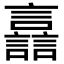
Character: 譶